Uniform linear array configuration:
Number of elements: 8
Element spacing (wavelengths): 0.5
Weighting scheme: uniform
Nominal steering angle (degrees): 15
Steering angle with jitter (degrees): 16.122
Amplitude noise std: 0.05
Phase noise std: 0.05

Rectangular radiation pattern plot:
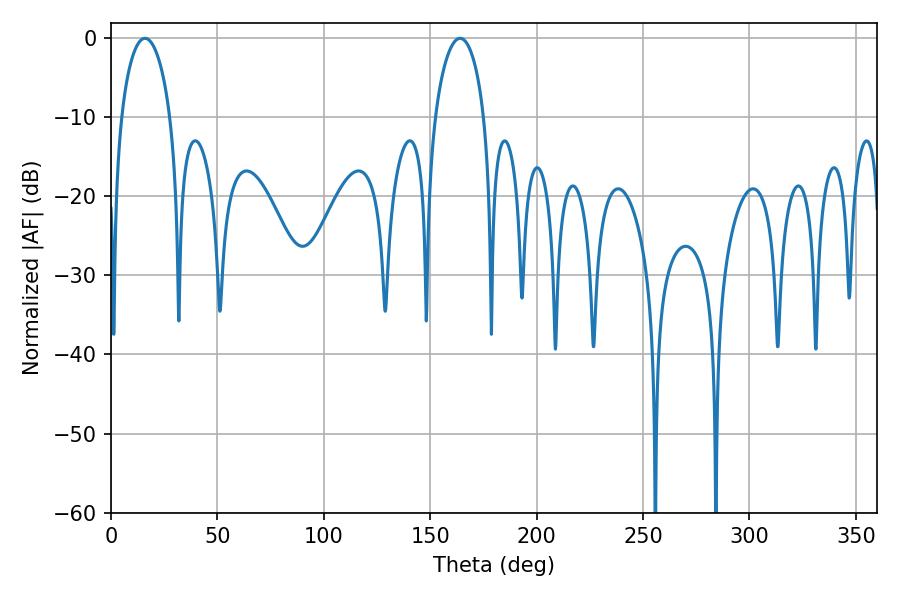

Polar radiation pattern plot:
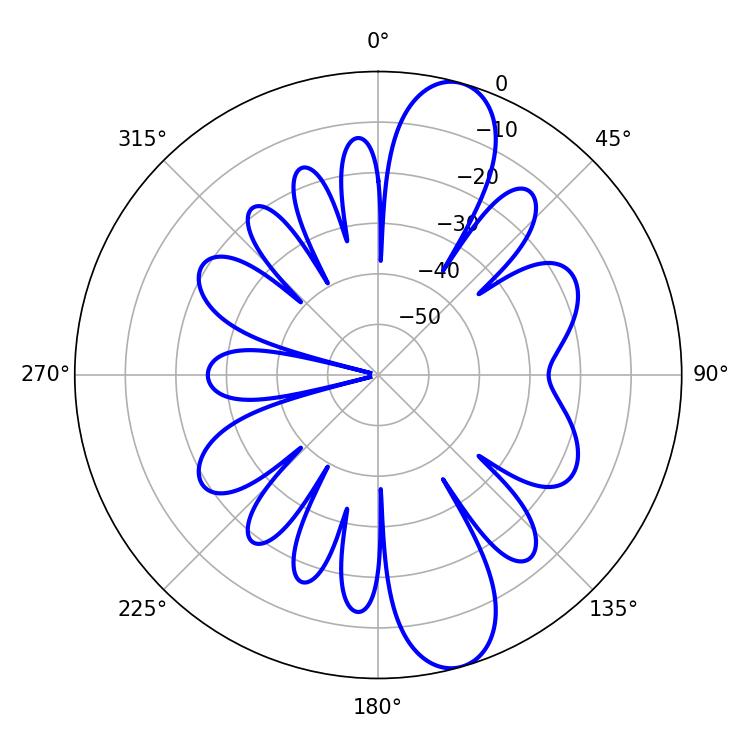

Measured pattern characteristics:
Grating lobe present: FALSE
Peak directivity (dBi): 11.413
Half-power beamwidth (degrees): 13.14
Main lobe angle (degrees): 16.02